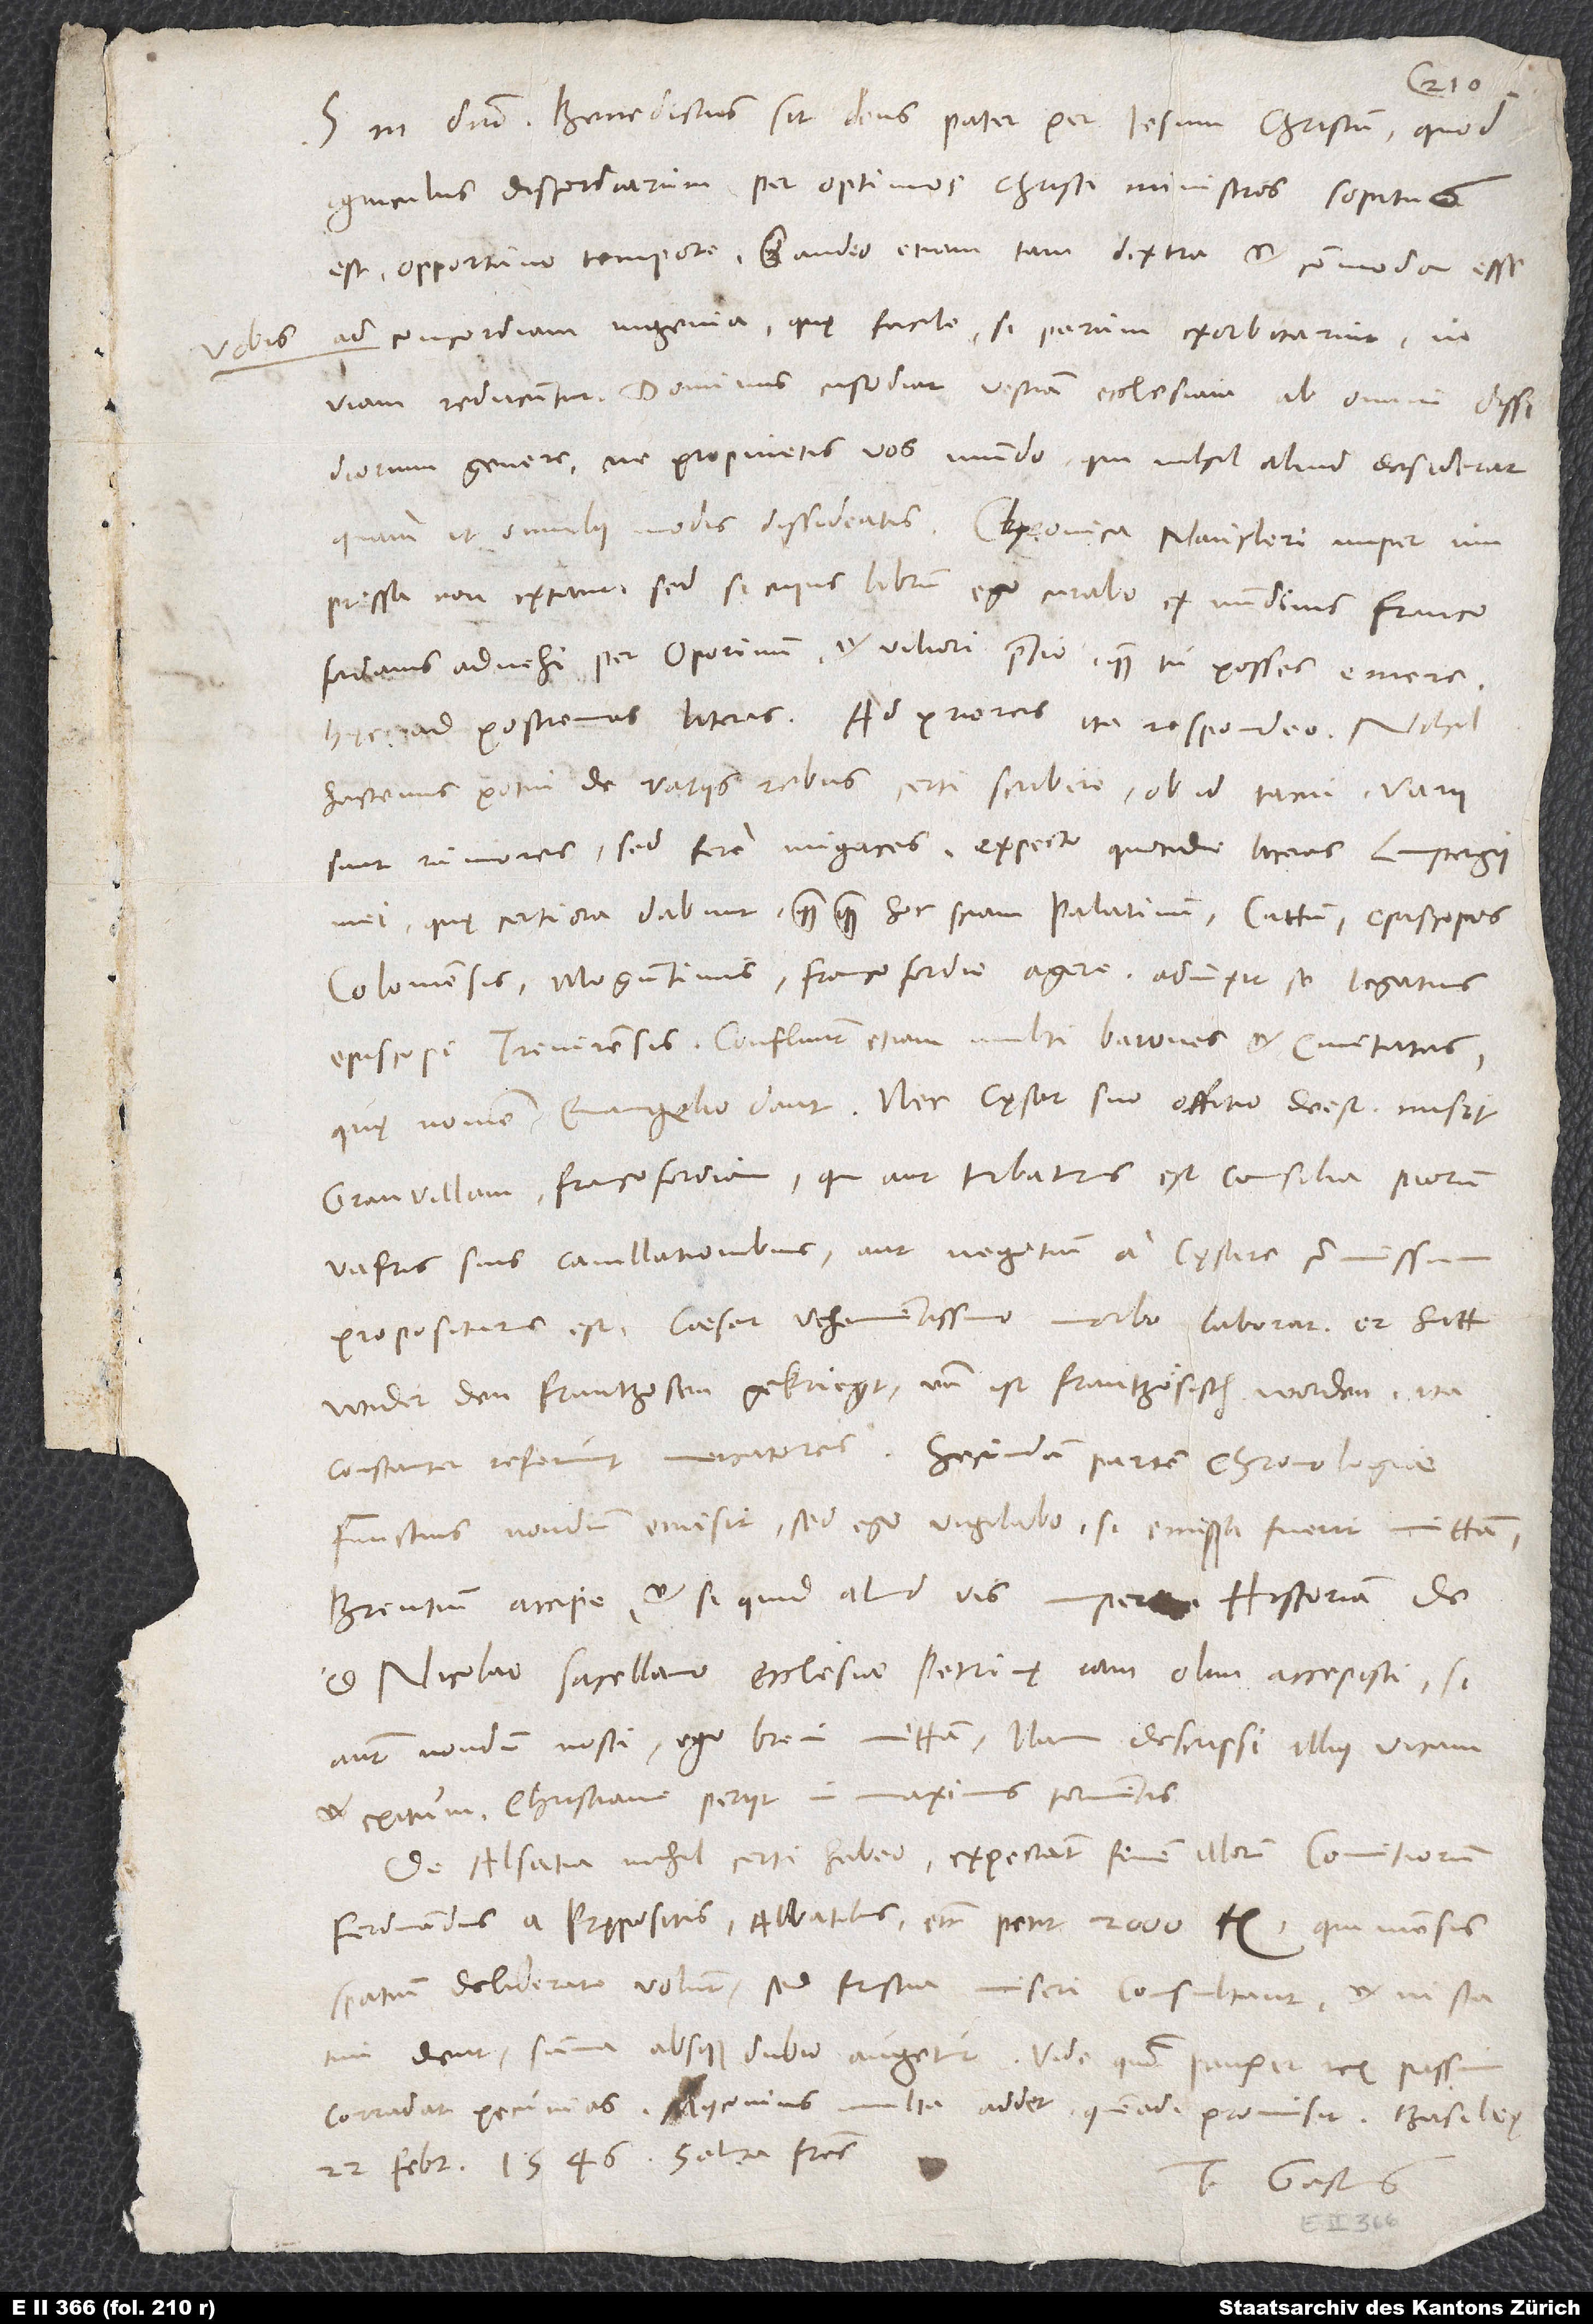
vobis

S. in domino. Benedictus sit deus pater per Iesum Christum, quod
igniculus discordiarum per optimos Christi ministros sopitus
ad concordiam ingenia, quę facile, si parum exorbitarint, in
viam reducuntur. Dominus custodiat vestram ecclesiam ab omni dissidiorum
genere, ne propinetis vos mundo, qui nihil aliud desiderat,
impressa non extant; sed si cupis librum, ego curabo ex nundinis Francofordianis
advehi per Oporinum et viliori pretio, quam tu posses, emere.
hactenus potui de variis rebus certi scribere; ob id tacui. Varii
sunt rumores, sed fere nugaces. Expecto quotidie literas Limpergii
mei, quę certiora dabunt, quamquam hoc sciam, Palatinum, Cattum, episcopos
Coloniensis, Moguntinus - Francofordie agere. Adiunxit se legatus
episcopi Trevirensis. Confluunt etiam multi barones et civitates,
quę nomen evangelio dant. Nec cęsar suo offitio deest; misit
Granvillam Francofordiam, qui aut turbaturus est consilia piorum
vafris suis cavillationibus aut negotium a cęsare commissum
wider den Frantzosen gekriegt und ist frantzösisch worden. Ita
constanter referunt mercatores. Secundam partem chronologiae
Functius nondum emisit, sed ego vigilabo. Si emissa fuerit, mittam.
d. Nicolao, sacellano ecclesiae Petrinę, iam olim accepisti. Si
autem nondum nosti, ego brevi mittam; nam descripsi illius vitam
et exitum; christiane periit in maximis tormentis.
De Alsatia nihil certi habeo. Expectant finem illorum comitiorum.
Ferdinandus a prępositis, abbatibus, etc., petit 2’000 fl., qui mensis
spatium deliberare volunt. Sed frustra miseri consultant, et ni statim
dent, summa absque dubio augetur. Vide, quomodo pauper rex passim
22. februarii 1546. Saluta fratres.
Tuus Gastius.